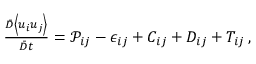
\begin{array} { r } { \frac { \Bar { D } \left< u _ { i } u _ { j } \right> } { \Bar { D } t } = \mathcal { P } _ { i j } - \epsilon _ { i j } + C _ { i j } + D _ { i j } + T _ { i j } \, , } \end{array}